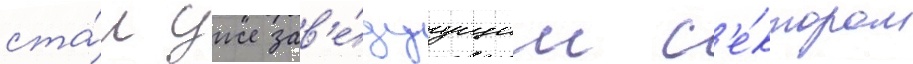
ста́л уже зав'е́дуущим с'е́ктором